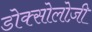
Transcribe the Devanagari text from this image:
डोक्सोलोज़ी